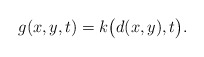
\begin{align*} g(x,y,t)=k\bigl(d(x,y),t\bigr).\end{align*}